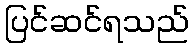
ပြင်ဆင်ရသည်